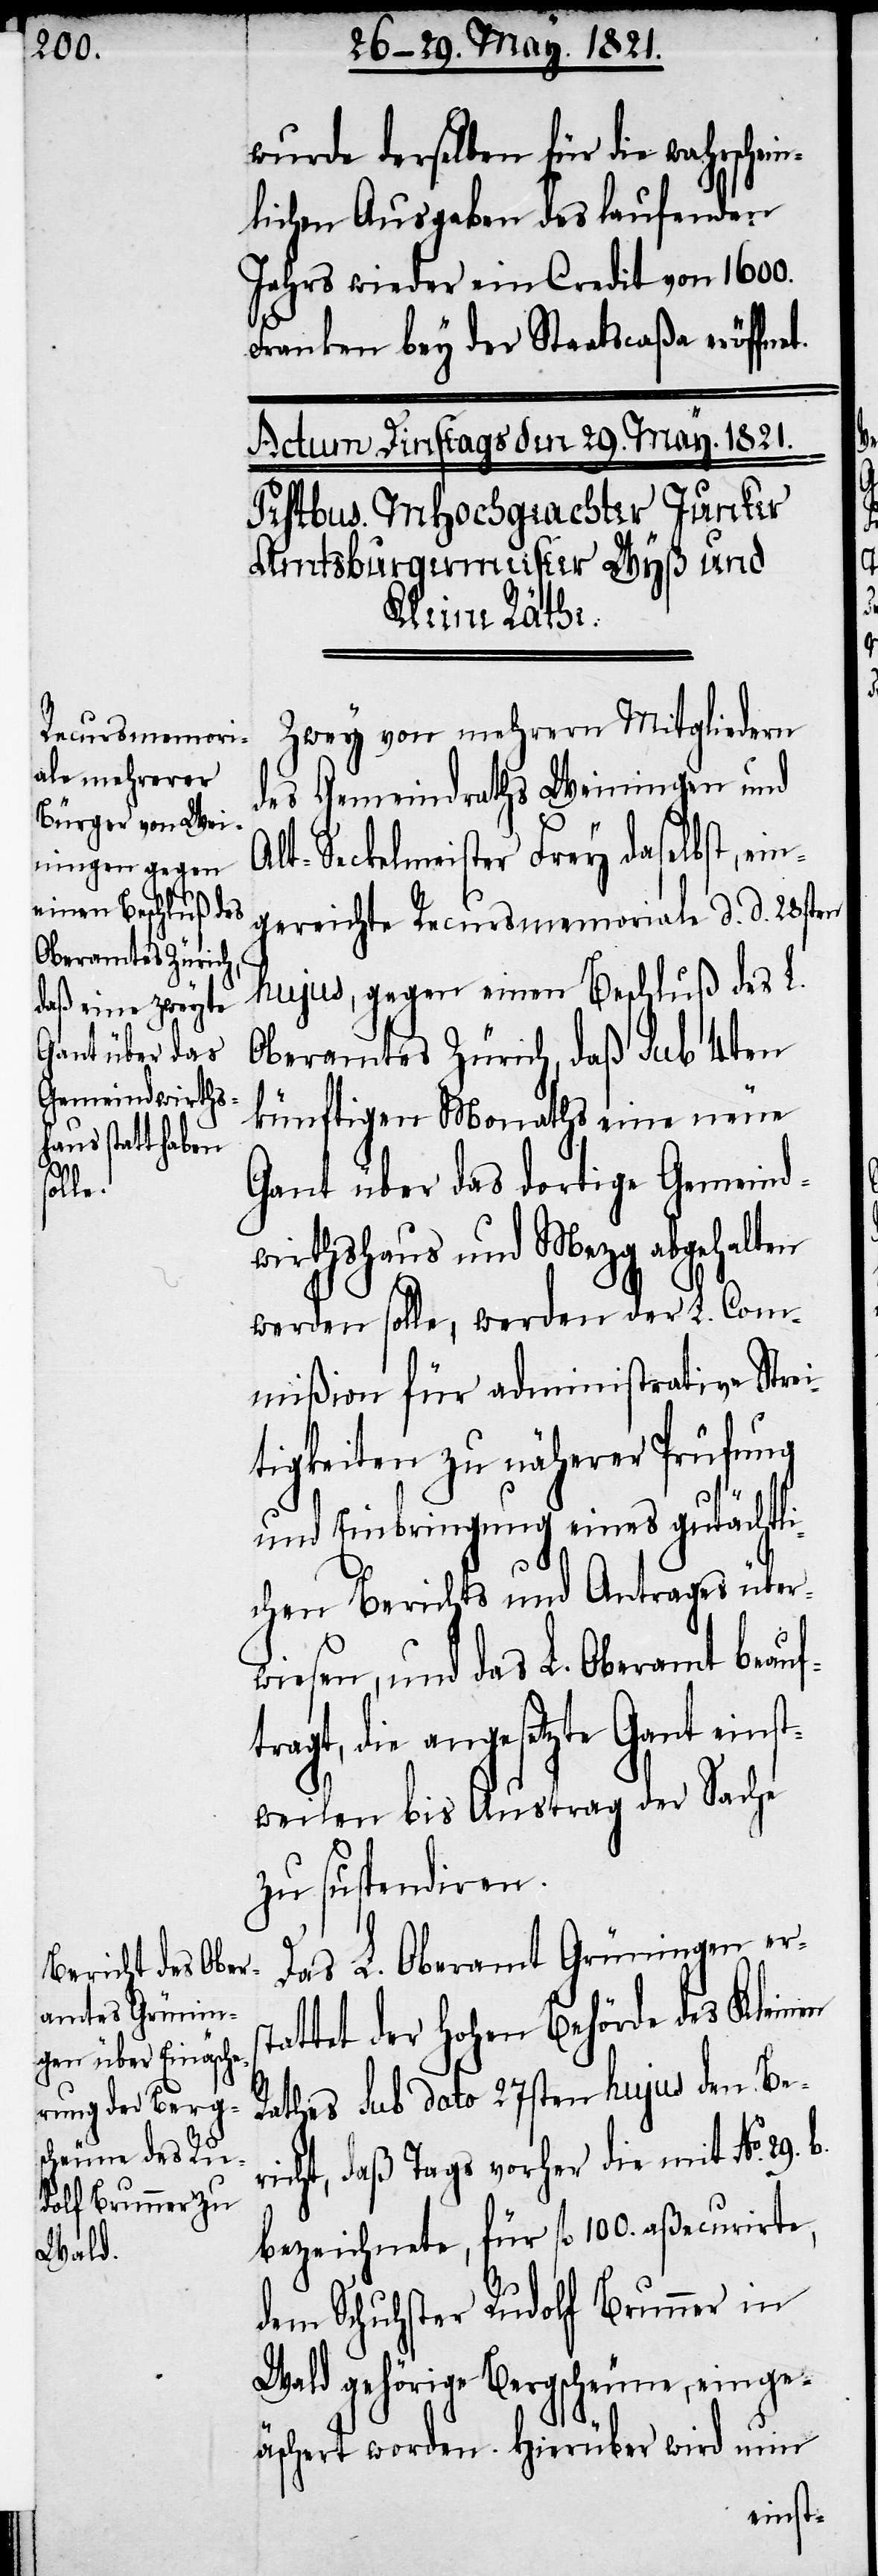
st¬

wurde derselben für die wahrschein¬
lichen Ausgaben des laufenden
Jahres wieder ein Credit von 1600.
Franken bey der Staatscaßa eröffnet.
Zwey von mehrern Mitgliedern
des Gemeindraths Weiningen und
Alt-Seckelmeister Frey daselbst, ein¬
gereichte Recursmemoriale d. d. 28sten
hujus, gegen einen Beschluß des L.
Oberamtes Zürich, daß sub 4ten
künftigen Monaths eine neue
Gant über das dortige Gemeind¬
wirthshaus und Mezg abgehalten
werden solle, werden der L. Com¬
mißion für administrative Strei¬
tigkeiten zu näherer Prüfung
und Einbringung eines gutächtli¬
wiesen, und das L. Oberamt beauf¬
tragt, die angesetzte Gant einst¬
weilen bis Austrag der Sache
zu suspendiren.
Das L. Oberamt Grüningen er¬
attet der hohen Behörde des Kleinen
Rathes sub dato 27sten hujus den Be¬
richt, daß Tags vorher die mit No. 29.
bezeichnete, für fl 100. aßecurirte,
dem Schuhster Rudolf Brunner in
Wald gehörige Bergscheune, einge¬
äschert worden. Hierüber wird nun